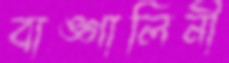
বাঙ্গালিনী